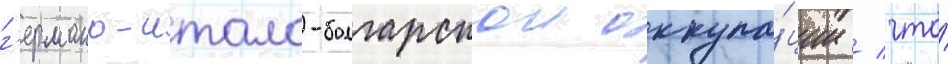
г'ермано-итало-болгарскои оккупа́ции / что́